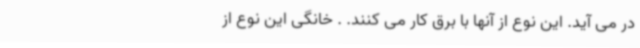
در می آید. این نوع از آنها با برق کار می کنند. . خانگی این نوع از